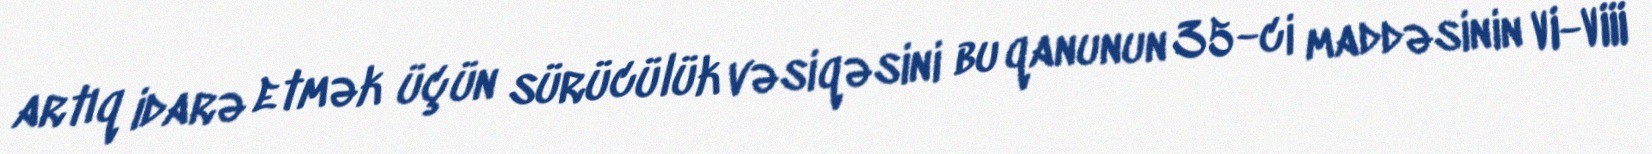
artıq idarə etmək üçün sürücülük vəsiqəsini bu qanunun 35-ci maddəsinin VI-VIII